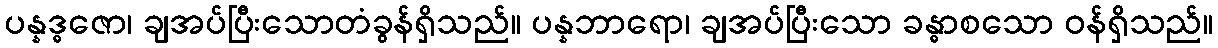
ပန္နဒ္ဓဇော၊ ချအပ်ပြီးသောတံခွန်ရှိသည်။ ပန္နဘာရော၊ ချအပ်ပြီးသော ခန္ဓာစသော ဝန်ရှိသည်။